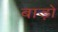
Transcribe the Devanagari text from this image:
बाड़ो